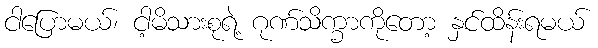
ငါပြောမယ်၊ ငါ့မိသားစုရဲ့ ဂုဏ်သိက္ခာကိုတော့ နှင်ထိန်းရမယ်